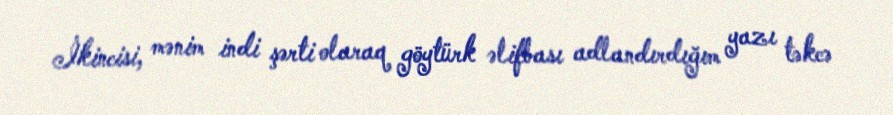
İkincisi, mənim indi şərti olaraq göytürk əlifbası adlandırdığım yazı təkcə